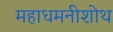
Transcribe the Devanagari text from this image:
महाधमनीशोथ